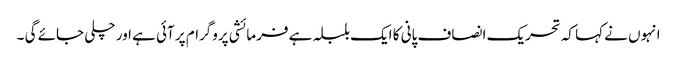
انہوں نے کہا کہ تحریک انصاف پانی کا ایک بلبلہ ہے فرمائشی پروگرام پر آئی ہے اور چلی جائے گی ۔